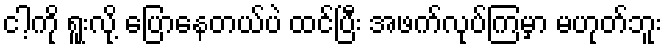
ငါ့ကို ရူးလို့ ပြောနေတယ်ပဲ ထင်ပြီး အဖက်လုပ်ကြမှာ မဟုတ်ဘူး